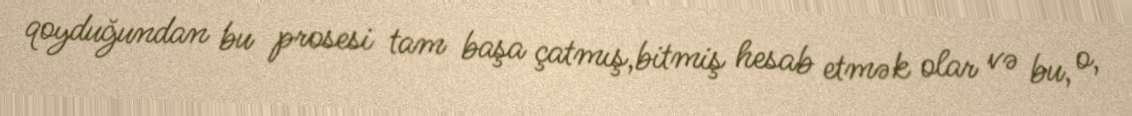
qoyduğundan bu prosesi tam başa çatmış,bitmiş hesab etmək olar və bu, o,